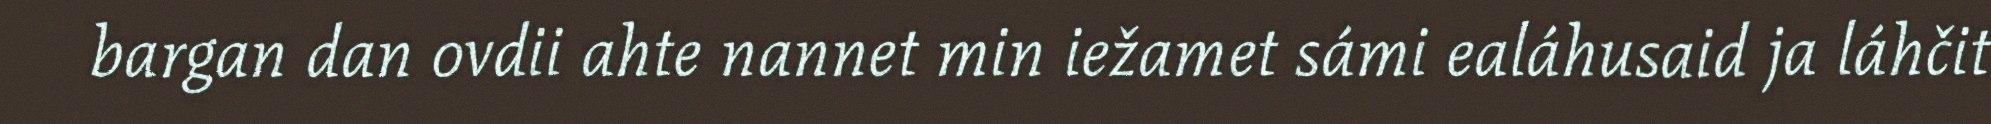
bargan dan ovdii ahte nannet min iežamet sámi ealáhusaid ja láhčit